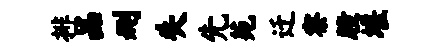
排品删失先苑迁察瞳堰